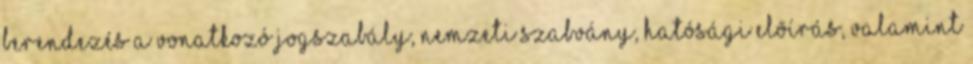
berendezés a vonatkozó jogszabály, nemzeti szabvány, hatósági elõírás, valamint